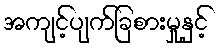
အကျင့်ပျက်ခြစားမှုနှင့်